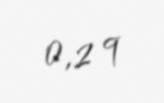
0,2 q